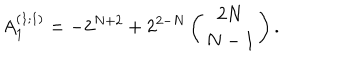
A _ { 1 } ^ { ( 1 ; 1 ) } = - 2 ^ { N + 2 } + 2 ^ { 2 - N } \left( \begin{array} { c } { { 2 N } } \\ { { N - 1 } } \\ \end{array} \right) .